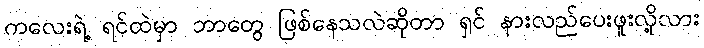
ကလေးရဲ့ ရင်ထဲမှာ ဘာတွေ ဖြစ်နေသလဲဆိုတာ ရှင် နားလည်ပေးဖူးလို့လား